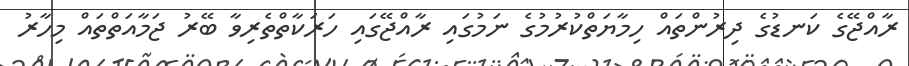
ރާއްޖޭގެ ކަނޑުގެ ދިރުންތައް ހިމާޔަތްކުރުމުގެ ނަމުގައި ރާއްޖޭގައި ހަރަކާތްތެރިވާ ބޭރު ޖަމާއަތްތައް މިހާރު